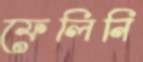
ফেলিনি